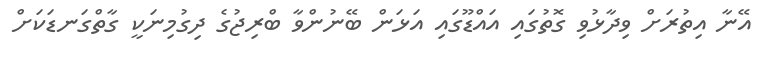
އޭނާ އިތުރަށް ވިދާޅުވި ގޮތުގައި އައްޑޫގައި އަޅަން ބޭނުންވާ ބްރިޖުގެ ދިގުމިނަކީ ގާތްގަނޑަކަށް